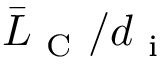
\bar { L } _ { \mathrm { ~ C ~ } } / d _ { \mathrm { ~ i ~ } }